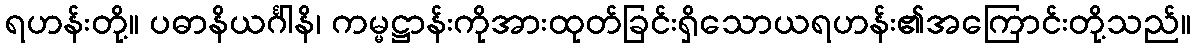
ရဟန်းတို့။ ပဓာနိယင်္ဂါနိ၊ ကမ္မဋ္ဌာန်းကိုအားထုတ်ခြင်းရှိသောယရဟန်း၏အကြောင်းတို့သည်။